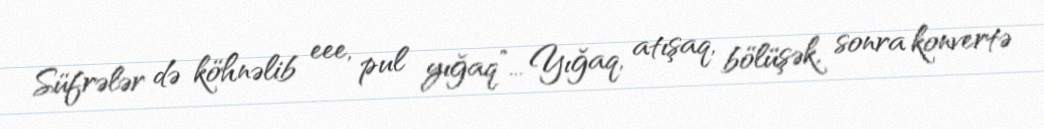
Süfrələr də köhnəlib eee, pul yığaq”... Yığaq, atışaq, bölüşək, sonra konvertə